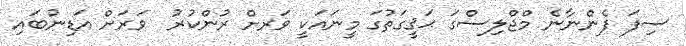
ސިފަ ފެންނާނެ މްޖްލިސްގަ ޙަޤީގަތުގަ މީނައަކީ ވަރށް ރުންކުރު  ވަރަށް އަޑިނުބައި